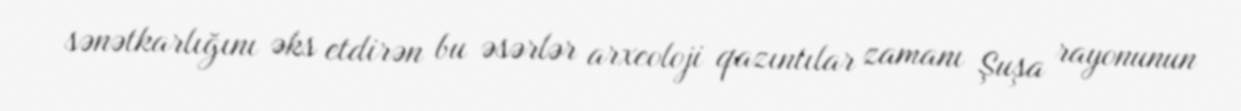
sənətkarlığını əks etdirən bu əsərlər arxeoloji qazıntılar zamanı Şuşa rayonunun